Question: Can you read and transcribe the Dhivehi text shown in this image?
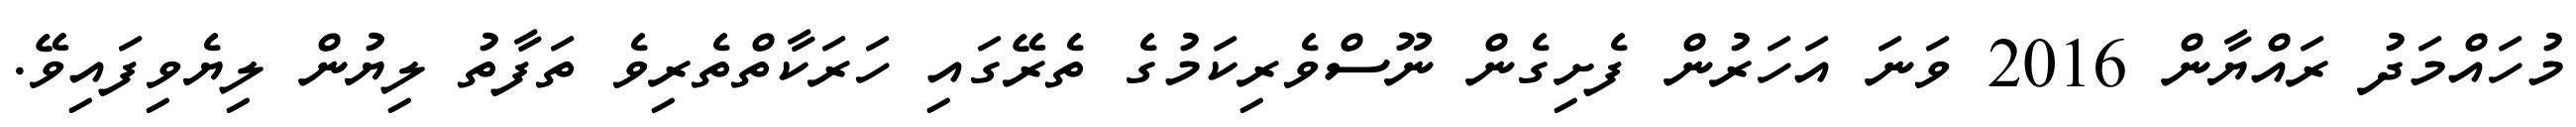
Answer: މުހައްމަދު ރައްޔާން 2016 ވަނަ އަހަރުން ފެށިގެން ނޫސްވެރިކަމުގެ ތެރޭގައި ހަރަކާތްތެރިވެ ތަފާތު ލިޔުން ލިޔެވިފައިވޭ.